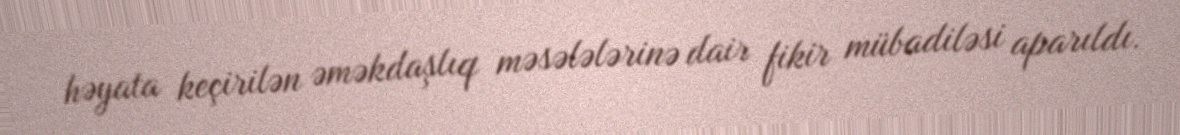
həyata keçirilən əməkdaşlıq məsələlərinə dair fikir mübadiləsi aparıldı.